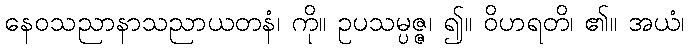
နေဝသညာနာသညာယတနံ၊ ကို။ ဥပသမ္ပဇ္ဇ၊ ၍။ ဝိဟရတိ၊ ၏။ အယံ၊